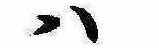
は